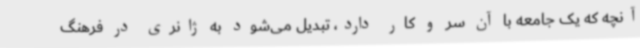
آنچه که یک جامعه با آن سر و کار دارد، تبدیل می‌شود به ژانری در فرهنگ